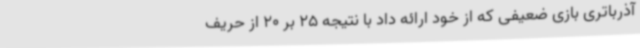
آذرباتری بازی ضعیفی که از خود ارائه داد با نتیجه 25 بر 20 از حریف